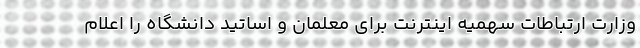
وزارت ارتباطات سهمیه اینترنت برای معلمان و اساتید دانشگاه را اعلام